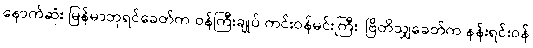
နောက်ဆုံး မြန်မာဘုရင်ခေတ်က ဝန်ကြီးချုပ် ကင်းဝန်မင်းကြီး၊ ဗြိတိသျှခေတ်က နန်းရင်းဝန်